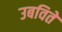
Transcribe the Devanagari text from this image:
उबविते